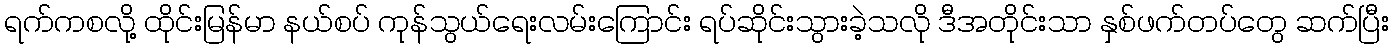
ရက်ကစလို့ ထိုင်းမြန်မာ နယ်စပ် ကုန်သွယ်ရေးလမ်းကြောင်း ရပ်ဆိုင်းသွားခဲ့သလို ဒီအတိုင်းသာ နှစ်ဖက်တပ်တွေ ဆက်ပြီး